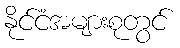
နိုင်ငံအများစုတွင်